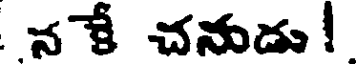
నకే చనుడు!